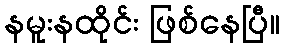
နမူးနထိုင်း ဖြစ်နေပြီ။